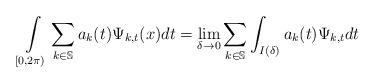
LaTeX: \begin{align*}\int\limits_{\lbrack0,2\pi)}\sum\limits_{k\in\mathbb{S}}a_{k}(t)\Psi_{k,t}(x)dt=\lim_{\delta\rightarrow0}\sum_{k\in\mathbb{S}}\int\nolimits_{I(\delta)}a_{k}(t)\Psi_{k,t}dt\end{align*}